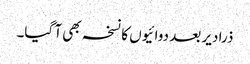
ذرا دیر بعد دوائیوں کا نسخہ بھی آ گیا۔